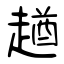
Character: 趥